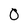
Character: 0